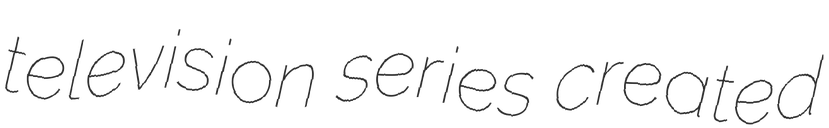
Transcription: television series created